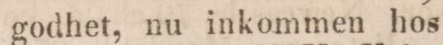
af utvald godhet, nu inkommen hos